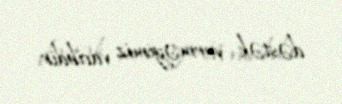
dəstək verməyimiz vacibdir.